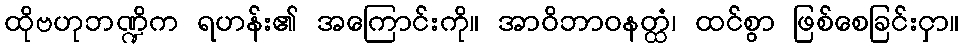
ထိုဗဟုဘဏ္ဍိက ရဟန်း၏ အကြောင်းကို။ အာဝိဘာဝနတ္ထံ၊ ထင်စွာ ဖြစ်စေခြင်းငှာ။